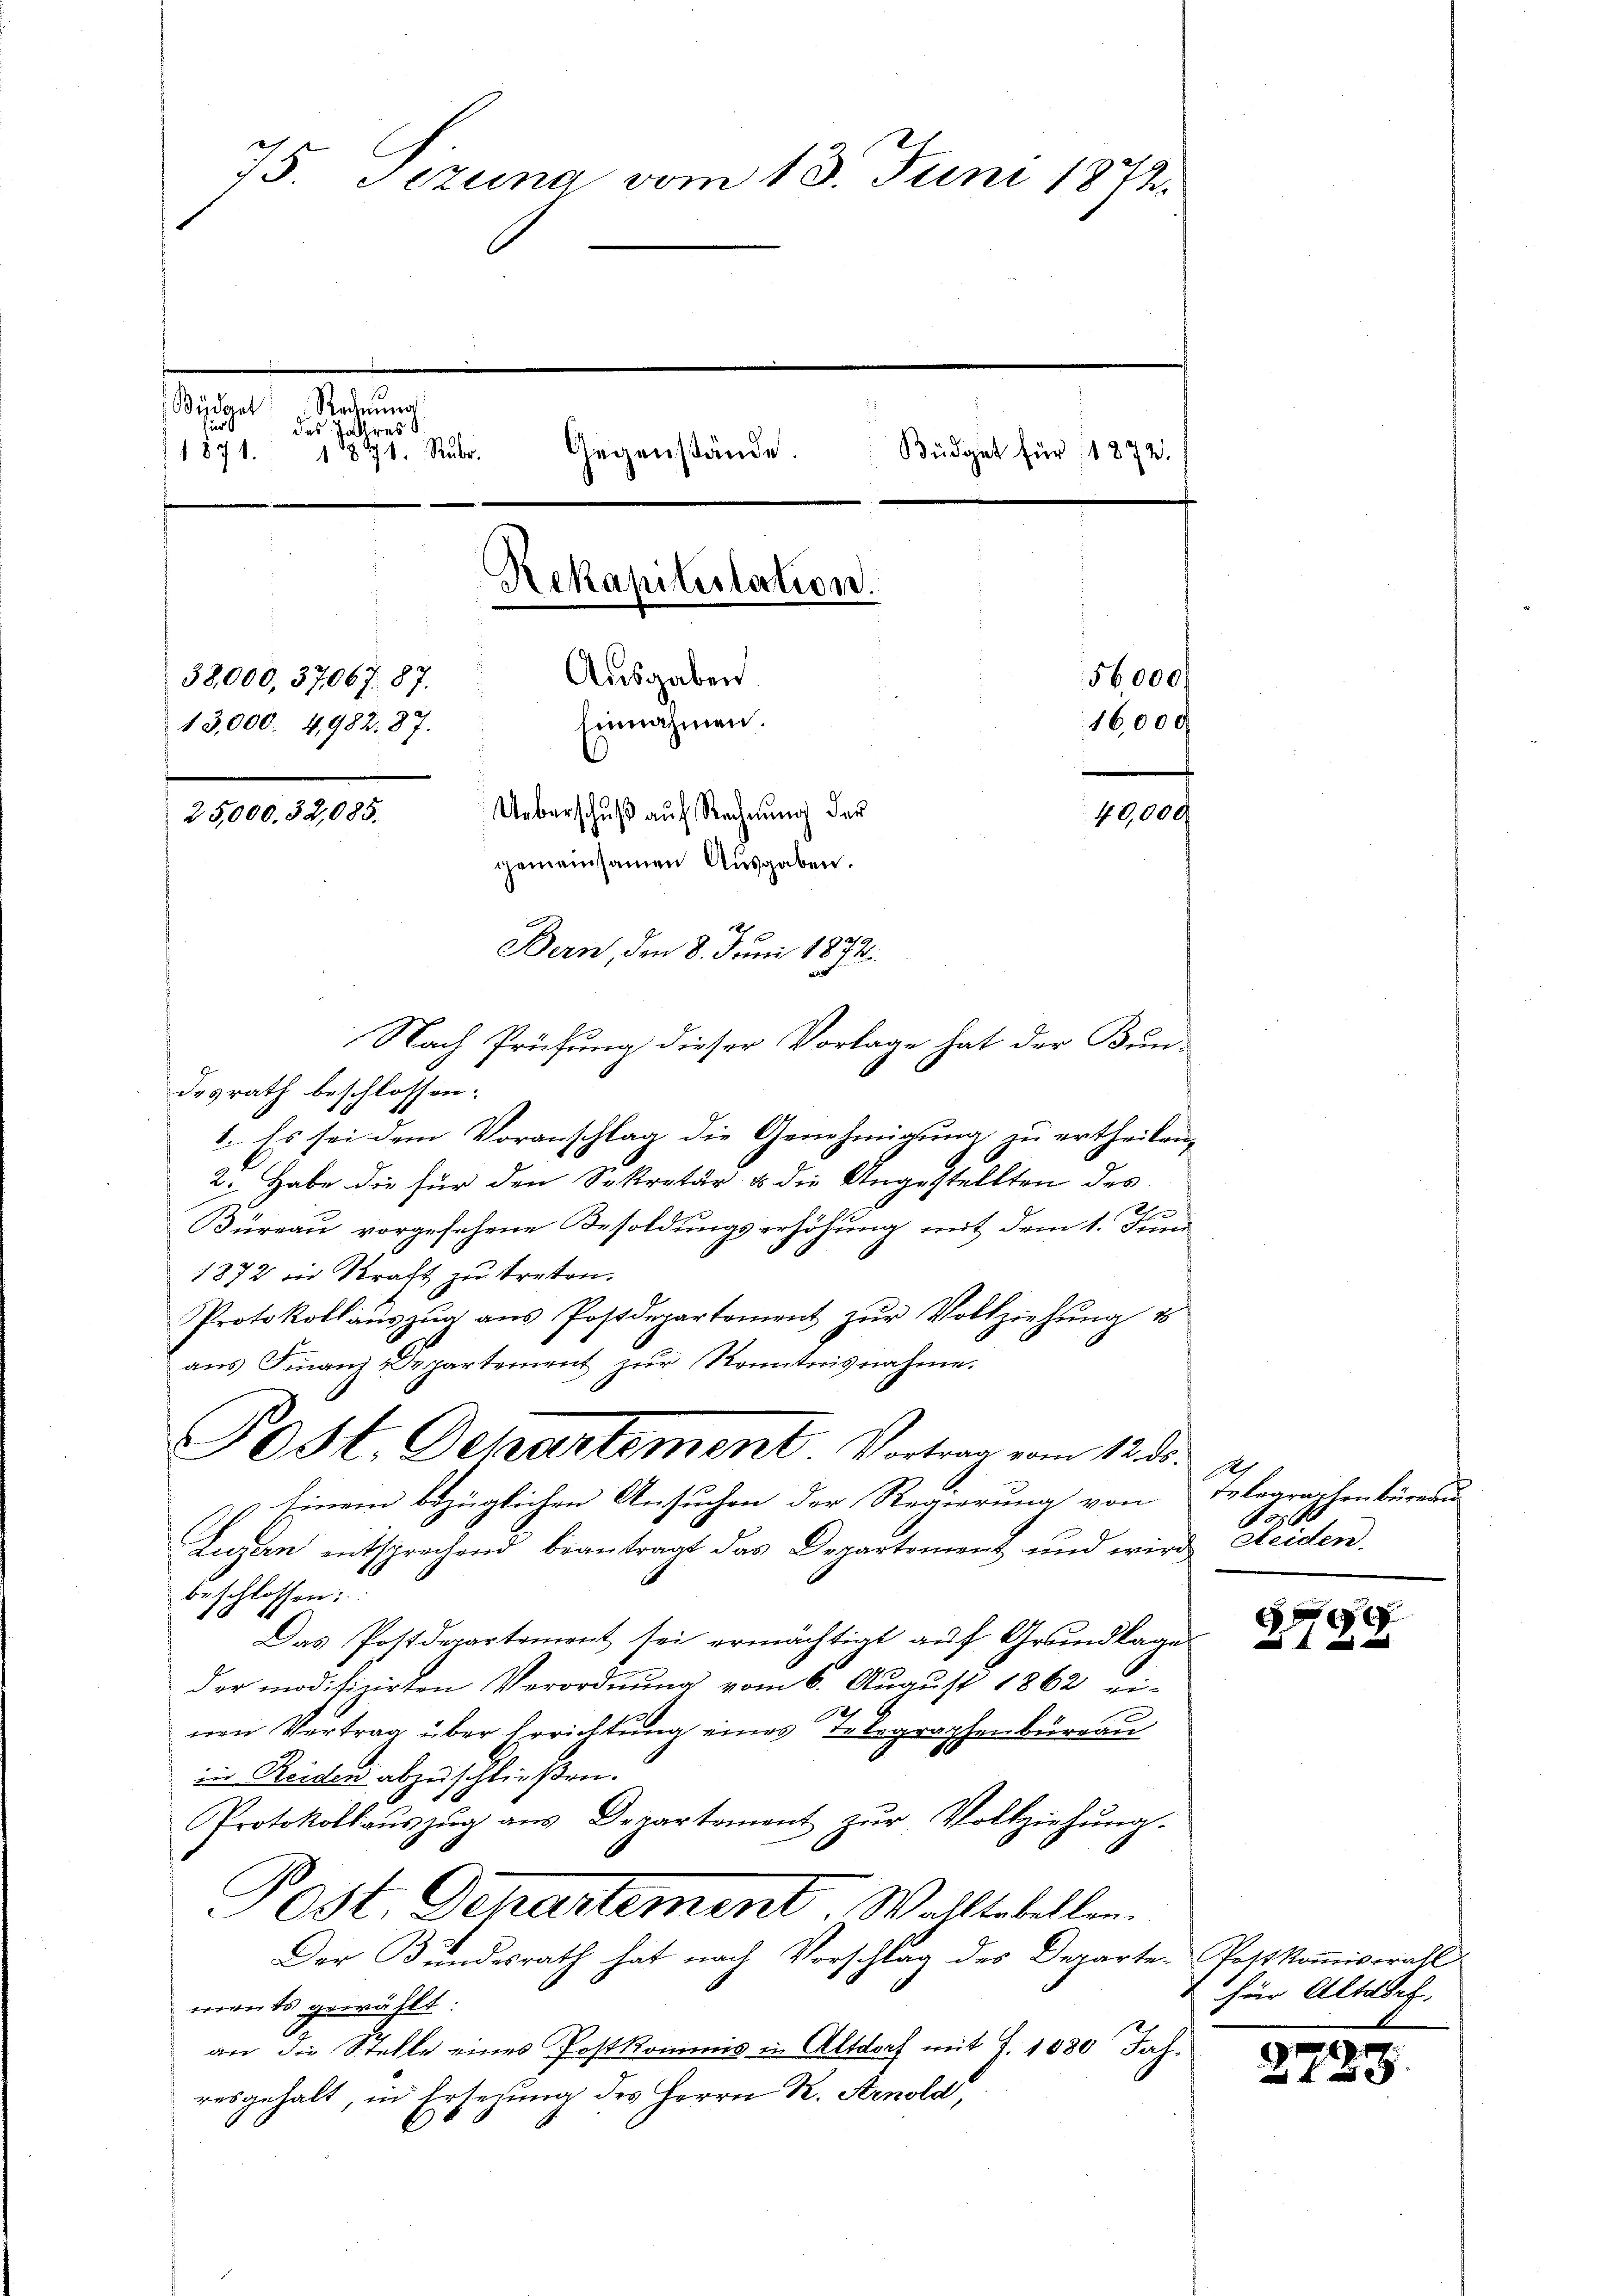
75. Jezuna vom 13. Juni 1872.
Büdget Rechnŭng
das Tallrest
Gegenstände.
Büdget für 1872.
1871. 1871. Rubr
Rekapitestation.
Ausgaben.
56000.
38,000, 37067. 87.
hinnahmen.
16,000
13,000. 4982. 87.
Ueberschuß auf Rechnung der
25,000. 32,085.
40,000
gemeinsamen Ausgaben.
Bern, den 8. Juni 1872.

Nach Prüfung dieser Vorlage hat der Keindesrath beschlossen:
1. Es sei dem Voranschlag die Genehmigung zu ertheilen,
2. Habe die für den Sekretär & die Angestellten des
Thurgau vorgesehene Besoldungserhöhung mit dem 1. Juni
1872 in Kraft zu treten.
Protokollaŭszŭg aŭs Postdepartement zŭr Vollziehŭng u
ans Finanz-Departement zŭr Kenntnisnahme.
Einem bezüglichen Ansuchen der Regierung von Telegraphenbüreau-
Lugen entsprechend beantragt das Departement und wird Heiden.
beschlossen:
Das Postdepartement sei ermächtigt aŭf Grundlagen
der modifizirten Verordnung vom 6. August 1862 ei-
2.
nen Vertrag über Errichtung eines de Regraphenburgau
in Reiden abzuschließen.
Protokollaŭszŭg aŭs Departement zŭr Vollziehŭng.
Post. Departement W. Altstellen.
Der Bundesrath hat nach Vorschlag des Departe Postkommissrath
monts gewählt:
an die Stelle eines Postkommis in Altdorf mit J. 1880 Jahresgehalt, in Ersezung des Herrn R. Arnold,

Post. Departement. Vortrag vom 12. ds.

Ah
.

c
¬
  und

für Altadel.

2725.